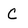
Character: C